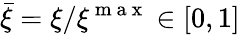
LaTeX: \bar{\xi}=\xi/\xi^{\mathrm{~m~a~x~}}\in[0,1]